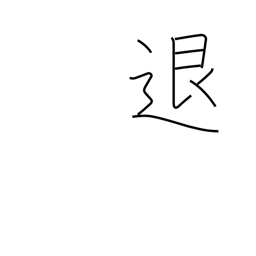
Meaning: repel